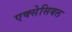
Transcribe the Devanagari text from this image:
एक्सेसिबल